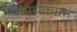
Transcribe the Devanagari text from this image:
कार्यकम्रम